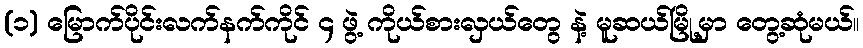
(၁) မြောက်ပိုင်းလက်နက်ကိုင် ၄ ဖွဲ့ ကိုယ်စားလှယ်တွေ နဲ့ မူဆယ်မြို့မှာ တွေ့ဆုံမယ်။